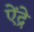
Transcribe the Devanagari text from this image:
ऐंद्रे